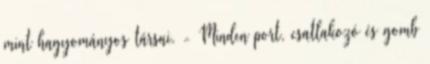
mint hagyományos társai. - Minden port, csatlakozó és gomb